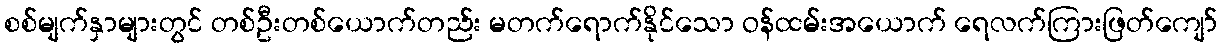
စစ်မျက်နှာများတွင် တစ်ဦးတစ်ယောက်တည်း မတက်ရောက်နိုင်သော ဝန်ထမ်းအယောက် ရေလက်ကြားဖြတ်ကျော်